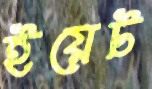
ইয়েট